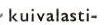
kuivalasti-